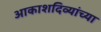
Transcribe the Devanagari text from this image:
आकाशदिव्यांच्या